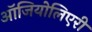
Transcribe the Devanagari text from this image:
ऑजियोलिएरी